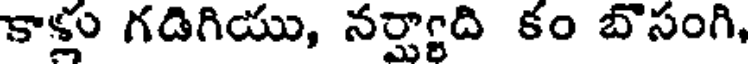
కాళ్లు గడిగియు, నర్షాది కం బొసంగి,